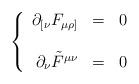
LaTeX: \begin{align*}\left\{\begin{array}{rcl}\partial_{[\nu} F_{\mu\rho]} & = & 0 \\& & \\\partial_\nu\tilde{F}^{\mu\nu} & = & 0 \end{array}\right.\end{align*}